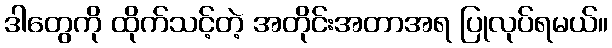
ဒါတွေကို ထိုက်သင့်တဲ့ အတိုင်းအတာအရ ပြုလုပ်ရမယ်။